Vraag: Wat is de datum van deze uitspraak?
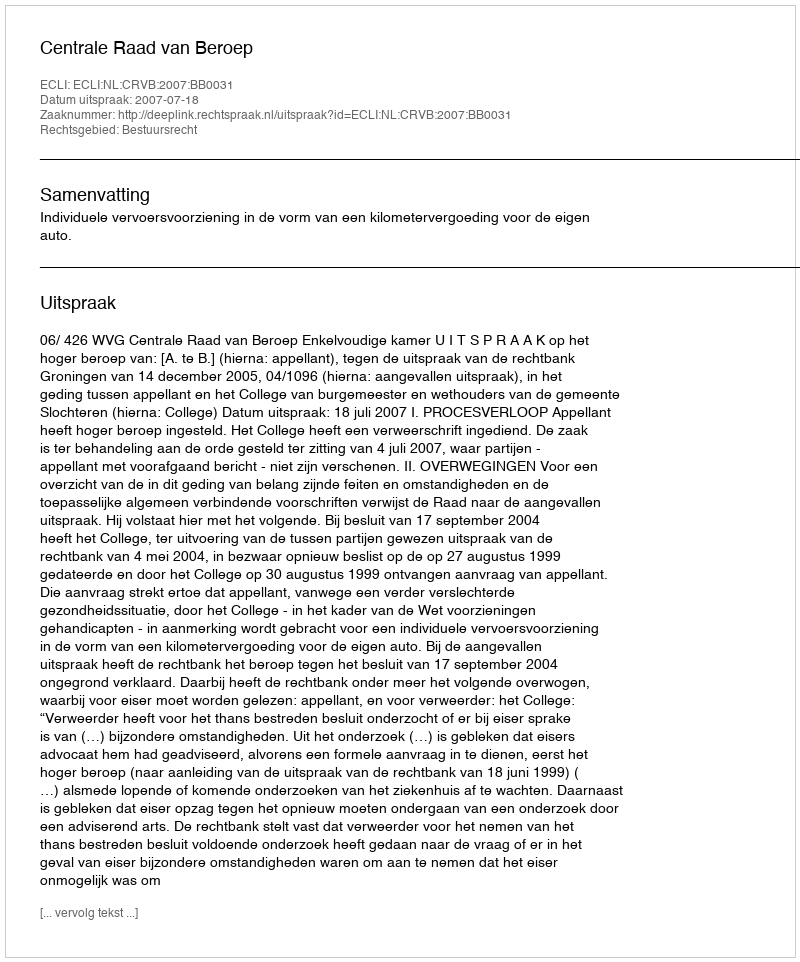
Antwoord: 2007-07-18